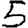
Digit: 5